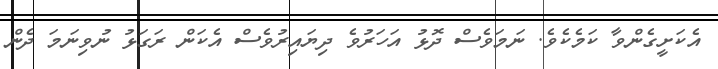
އެކަށީގެންވާ ކަމެކެވެ. ނަމަވެސް ދޮޅު އަހަރުވެ ދިޔައިރުވެސް އެކަން ރަގަޅު ނުވިނަމަ ދެން